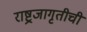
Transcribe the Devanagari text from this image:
राष्ट्रजागृतीची